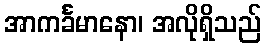
အာကင်္ခမာနော၊ အလိုရှိသည်